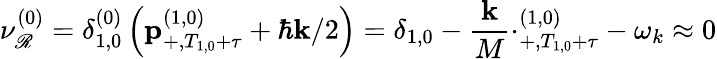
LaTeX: \nu_{\mathscr{R}}^{\left(0\right)}=\delta_{1,0}^{\left(0\right)}\left(\mathbf{{p}}_{+,T_{1,0}+\tau}^{\left(1,0\right)}+\hbar\mathbf{{k}}/2\right)=\delta_{1,0}-\frac{{\mathbf{{k}}}}{{M}}\mathbf{{\cdotp}}_{+,T_{1,0}+\tau}^{\left(1,0\right)}-\omega_{k}\approx0